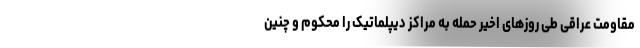
مقاومت عراقی طی روزهای اخیر حمله به مراکز دیپلماتیک را محکوم و چنین